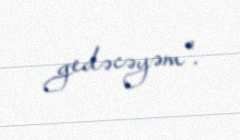
gedəcəyəm".